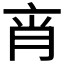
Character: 𦚍